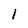
Character: 1